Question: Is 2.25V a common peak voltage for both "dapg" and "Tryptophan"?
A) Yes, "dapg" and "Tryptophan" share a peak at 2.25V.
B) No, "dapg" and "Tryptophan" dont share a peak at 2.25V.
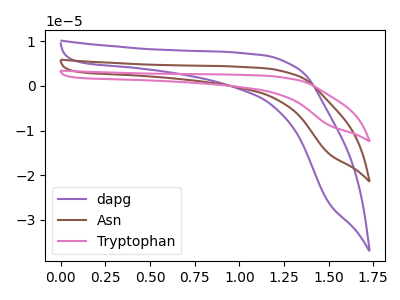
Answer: <think>The purple curve "dapg" has no peaks. The brown curve "Asn" has no peaks. The pink curve "Tryptophan" has no peaks.</think>
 <answer>B) No, "dapg" and "Tryptophan" dont share a peak at 2.25V.</answer>
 <eval>B</eval>